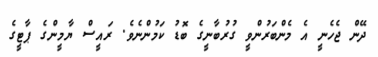
ދޭން ޖެހެނީ އެ މެންބަރުންވީ ގުރުބާނީގެ ބޮޑު ކަމުންނެވެ. ރައީސް ޔާމީންގެ ޕާޓީގެ